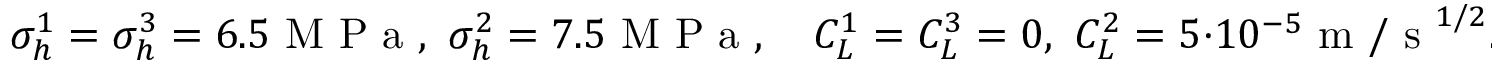
\sigma _ { h } ^ { 1 } = \sigma _ { h } ^ { 3 } = 6 . 5 \mathrm { ~ M ~ P ~ a ~ } , \, \, \sigma _ { h } ^ { 2 } = 7 . 5 \mathrm { ~ M ~ P ~ a ~ } , \quad C _ { L } ^ { 1 } = C _ { L } ^ { 3 } = 0 , \, \, C _ { L } ^ { 2 } = 5 \cdot 1 0 ^ { - 5 } \mathrm { ~ m ~ / ~ s ~ } ^ { 1 / 2 } .